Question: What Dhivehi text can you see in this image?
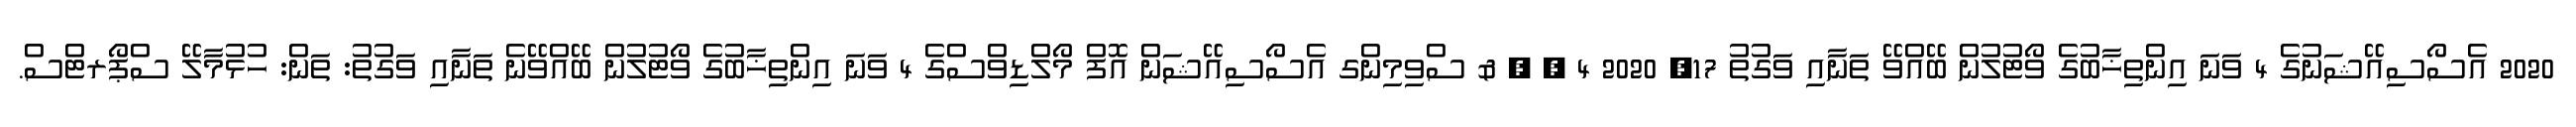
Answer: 2020 އެސޯސިއޭޝަނުގެ 4 ވަނަ އިންތިޚާބުގެ ވޯޓުލުން ބޭއްވޭ ތަނާއި ވަގުތު 17, 2020 4 , , & ސްވިމިންގ އެސޯސިއޭޝަން އޮފް މޯލްޑިވްސްގެ 4 ވަނަ އިންތިޚާބުގެ ވޯޓުލުން ބޭއްވޭނެ ތަނާއި ވަގުތު: ތަން: ހުޅުމާލޭ ސްޕޯރޓްސް.